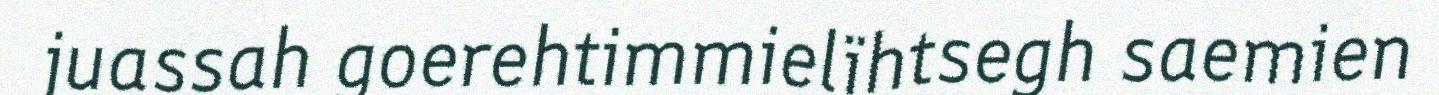
juassah goerehtimmielïhtsegh saemien